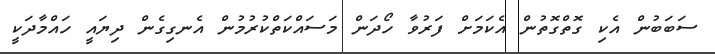
ސަބަބުން އެކި ގޮތްގޮތުން އެކަމަށް ފަރުވާ ހޯދަން މަސައްކަތްކުރުމުން އެނގިގެން ދިޔައީ ހައްމާދަކީ